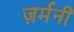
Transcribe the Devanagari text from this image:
ज़र्मनी